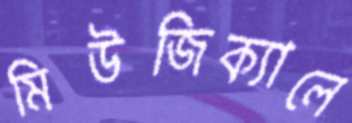
মিউজিক্যালে